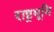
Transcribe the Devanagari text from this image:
राष्ट्रभूमि